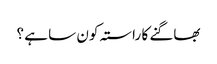
بھاگنے کا راستہ کون سا ہے ؟